Annual administration and progress report of the Indian Medical Department, Bombay
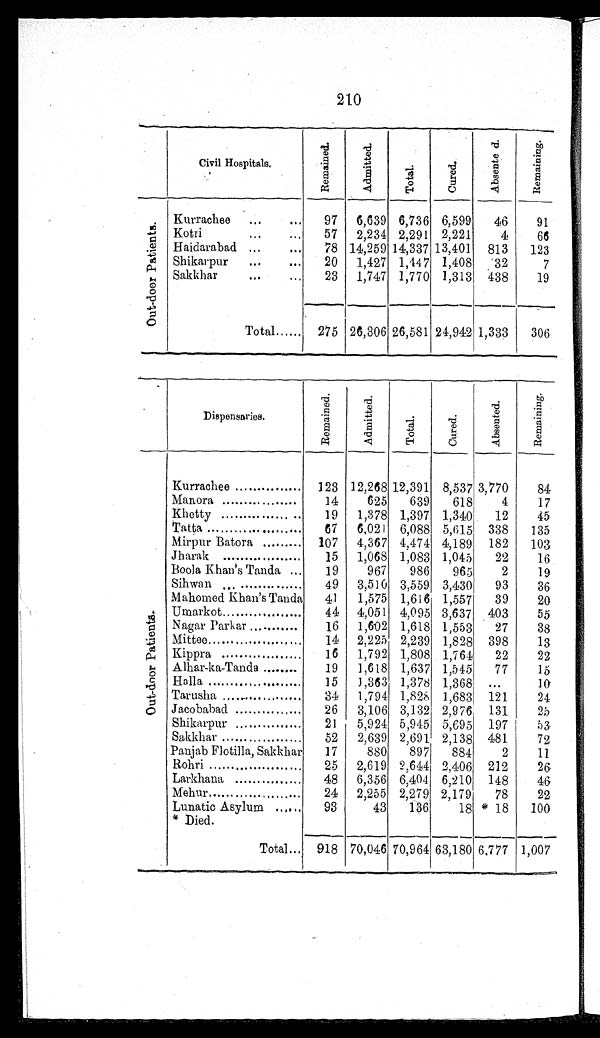
210
Civil Hospitals.
R e m a i n e d .
A d m i t t e d .
T o t a l .
C u r e d .
A b s e n t e d .
R e m a i n i n g .
O u t - d o o r P a t i e n t s .
Kurrachee
...
...
97
6,639 6,736 6,599
46
91
Kotri
...
...
57
2,234 2,291 2,221
4
66
Haidarabad ...
...
78 14,259 14,337 13,401
813
123
Shikarpur
...
...
20
1,427 1,147 1,408
32
7
Sakkhar
...
...
23
1,747 1,770 1,313 438
19
Total
......
275 26,306 26,581 24,942 1,333
306
Dispensaries.
R e m a i n e d .
A d m i t t e d .
T o t a l .
C u r e d .
A b s e n t e d .
R e m a i n i n g .
O u t - d o o r P a t i e n t s .
Kurrachee ...............
123 12,268 12,391 8,537 3,770
84
Manora .................
14
625
639
618
4
17
Khetty ...................
19
1,378 1,397 1,340
12
45
Tatta .........................
67
6,021 6,088 5,615 338
135
Mirpur Batora ...............
107
4,367 4,474 4,189
182
103
Jharak ..........................
15
1,068 1,083 1,045
22
16
Boola Khan's Tanda ...
19
967
986
965
2
19
Sihwan ..........................
49
3,510 3,559 3,430
93
36
Mahomed Khan's Tanda
41
1,575 1,616 1,557
39
20
Umarkot ........................
44
4,051 4,095 3,637
403
55
Nagar Parkar ...............
16
1,602 1,618 1,553
27
38
Mitte
e .........................
14
2,225 2,239 1,828 398
13
Ki ppr a . . . . . . . . . . . . . . .
16
1,792 1,808 1,764
22
22
Alhar-ka-Tanda .............
19
1,618 1,637 1,545
77
15
Halla .....................
15
1,363 1,378 1,368
...
10
Tarusha ..................
34
1,794 1,828 1,683
121
24
Jacobabad ...............
26
3,106 3,132 2,976
131
25
Shikarpur ..................
21
5,924 5,945 5,695
197
53
Sakkhar ....................
52
2,639 2,691 2,138 481
72
Panjab Flotilla, Sakkhar
17
880
897
884
2
11
Rohri ...........................
25
2,619 2,644 2,406
212
26
Larkhana ...............
48
6,356 6,404 6,210
148
46
Mehur ...............
24
2,255 2,279 2,179
78
22
Lunatic Asylum ......
93
43
136
18 * 18
100
* Died.
Total ... 918 70,046 70,964 63,180 6,777 1,007